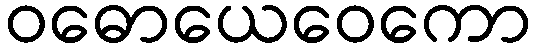
ဝဓောယေဝေကော